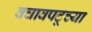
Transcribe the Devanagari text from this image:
बचावपटूच्या